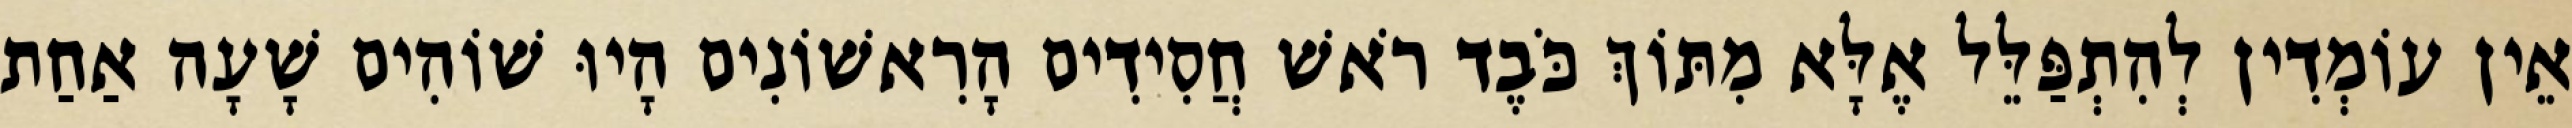
אֵין עוֹמְדִין לְהִתְפַּלֵּל אֶלָּא מִתּוֹךְ כֹּבֶד רֹאשׁ חֲסִידִים הָרִאשׁוֹנִים הָיוּ שׁוֹהִים שָׁעָה אַחַת